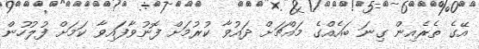
އޭގެ ތެރެއިން ގިނަ ބައެއްގެ މައްޗަށް ދައުވާ ކުރުމަށް ފޮނުވާފައިވާ ކަމަށް ފުލުހުން